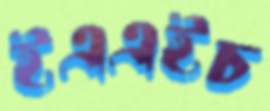
ইএএইচ